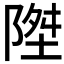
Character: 𱀧